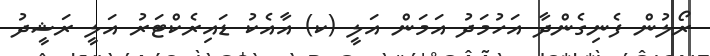
ރޯލުން ފެނިގެންދާ އަހުމަދު އަމަން އަލީ (ކ) އާއެކު ޑައިރެކްޓަރު އަލީ ރަޝީދު